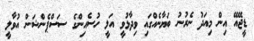
ޑީޖޭއޭ އިން މިއަދު ނެރުނު ބަޔާނެއްގައި ވިދާޅުވީ އަލީ ހުސެއިންގެ ސަސްޕެންޝަން އުވާލީ